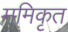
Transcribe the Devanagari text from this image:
ममिकृत